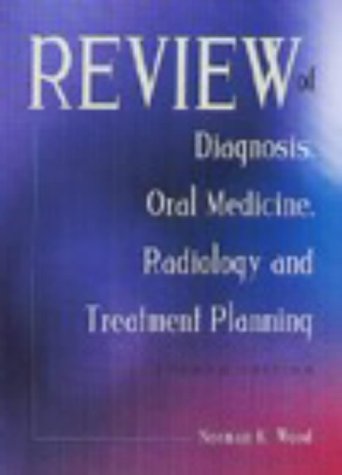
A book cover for Review of Diagnosis, Oral Medicine, Radiology, and Treatment Planning, 4e; Norman K. Wood DDS  MS  PhD; Medical Books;